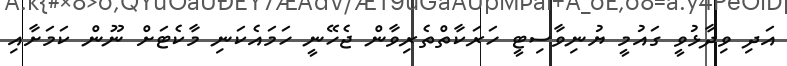
އަދި ވިދާޅުވީ ގައުމީ ޔުނިވާސިޓީ ހަރަކާތްތެރިވާން ޖެހޭނީ ހަމައެކަނި މާކެޓަށް ނޫން ކަަމަށާއި